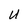
Character: U